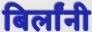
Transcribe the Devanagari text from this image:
बिर्लांनी